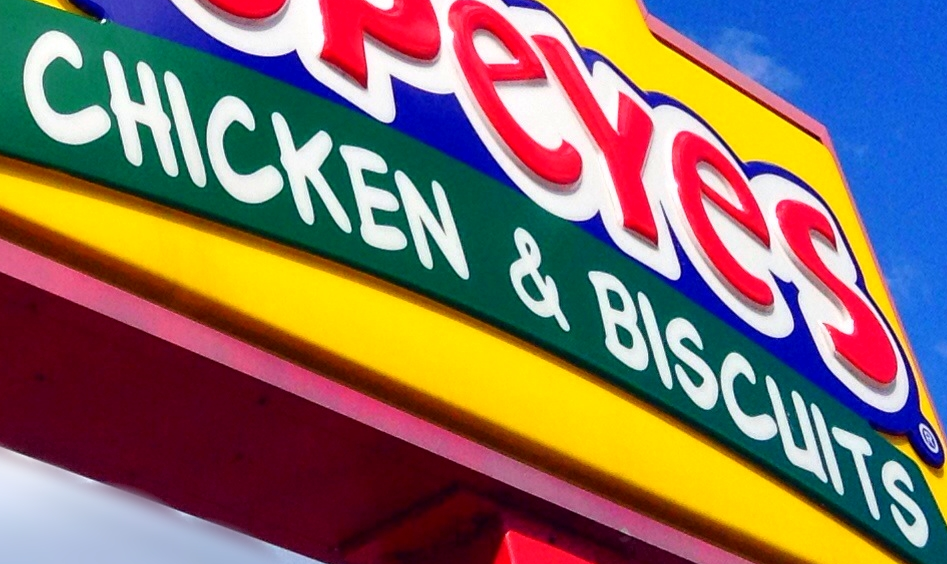
CHICKEN & BISCUITS